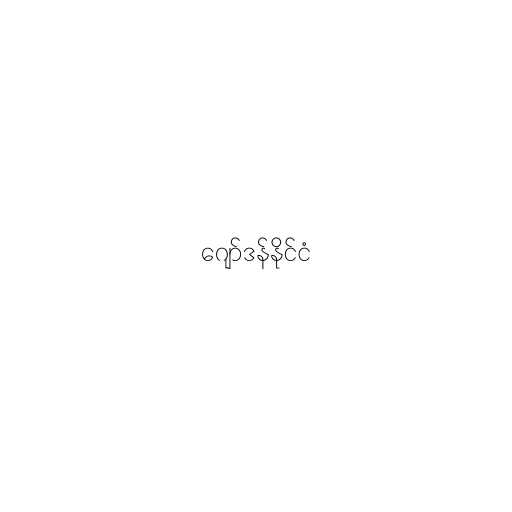
ဂျော်ဒန်နိုင်ငံ